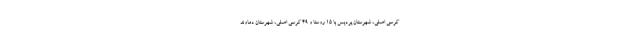
کرسی اصلی، شهرستان پردیس با ۱۵ روستا و ۴۹ کرسی اصلی، شهرستان دماوند